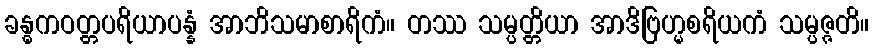
ခန္ဓကဝတ္တပရိယာပန္နံ အာဘိသမာစာရိကံ။ တဿ သမ္ပတ္တိယာ အာဒိဗြဟ္မစရိယကံ သမ္ပဇ္ဇတိ။